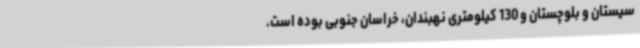
سیستان و بلوچستان و 130 کیلومتری نهبندان، خراسان جنوبی بوده است.